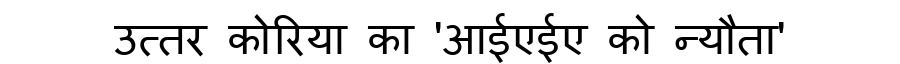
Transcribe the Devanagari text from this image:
उत्तर कोरिया का 'आईएईए को न्यौता'